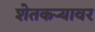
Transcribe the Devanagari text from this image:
शेतकऱ्यावर